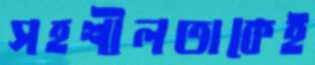
সহশীলতাকেই